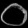
Digit: ၀